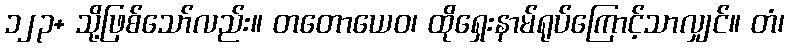
၁၂၃+ သို့ဖြစ်သော်လည်း။ တတောယေဝ၊ ထိုရှေးနာမ်ရုပ်ကြောင့်သာလျှင်။ တံ၊